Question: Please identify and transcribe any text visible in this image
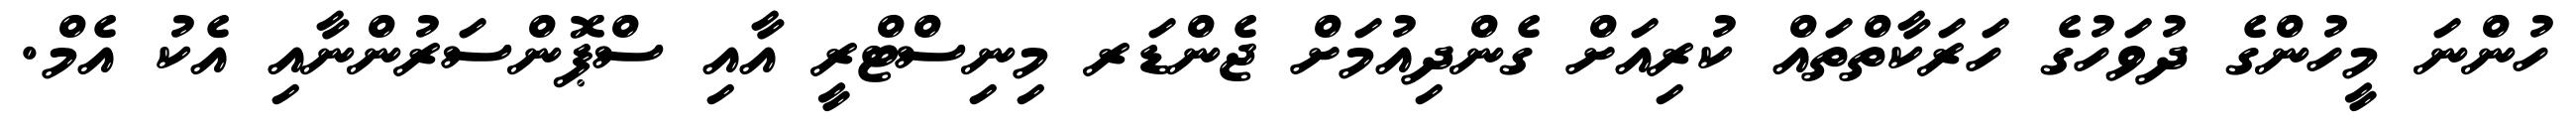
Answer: ހުންނަ މީހުންގެ ދުވަހުގެ ހަރަކާތްތައް ކުރިއަށް ގެންދިއުމަށް ޖެންޑަރ މިނިސްޓްރީ އާއި ސްޕޮންސަރުންނާއި އެކު އެމް.